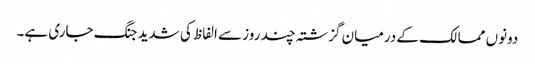
دونوں ممالک کے درمیان گزشتہ چند روز سے الفاظ کی شدید جنگ جاری ہے۔